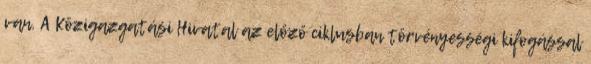
van. A Közigazgatási Hivatal az előző ciklusban törvényességi kifogással